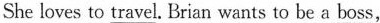
She loves to travel, Brian wants to be a boss,